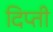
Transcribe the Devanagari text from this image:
दिप्ती